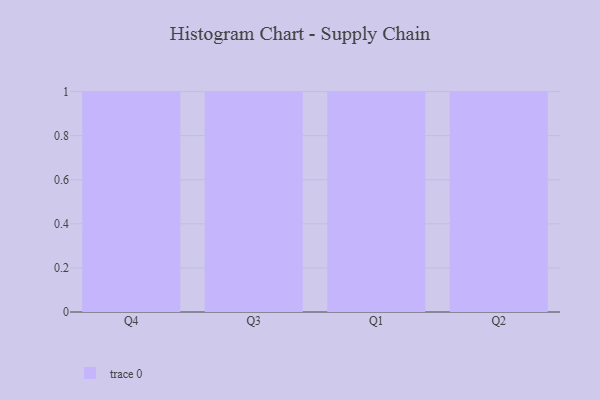
{"axis": {"x": "Quarter", "y": "Waste Production (Tons)"}, "legend": [""], "data": [{"x": "Q4", "y": 62, "type": ""}, {"x": "Q3", "y": 71, "type": ""}, {"x": "Q1", "y": 8, "type": ""}, {"x": "Q2", "y": 74, "type": ""}]}